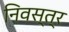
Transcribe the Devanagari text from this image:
निवस्त्र